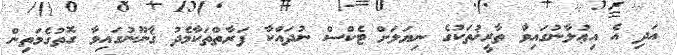
އަދި އެ އިޢުލާނުގައިވާ ތާރީޚުތަކުގެ ނިޔަލަށް ޓެކްސް ނުދައްކާ ފަރާތްތަކާމެދު ޤާނޫނުގައިވާ ގޮތުގެމަތިން